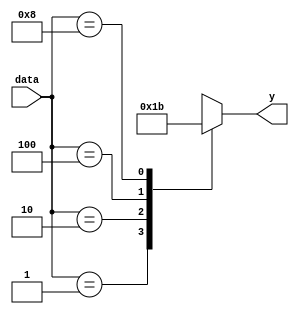
`timescale 1ns / 1ps
module encoder(
  input [3:0] data,
  output reg [1:0] y
  
);
  always @(data) 
  begin 
  y= 2'bxx;
    case(data)
      4'b0001:
        y = 2'b00;
      4'b0010:
        y = 2'b01;
      4'b0100:
        y = 2'b10;
      4'b1000:
        y = 2'b11;
      default:
        y = 2'bxx;
    endcase
  end
endmodule